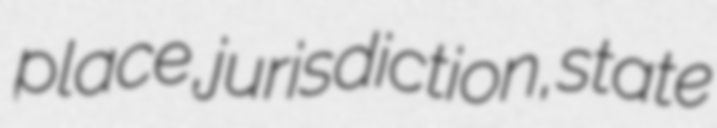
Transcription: place, jurisdiction, state